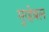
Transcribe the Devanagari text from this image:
मुव्हेबल